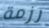
رزمة